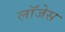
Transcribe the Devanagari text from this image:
लॉजेस